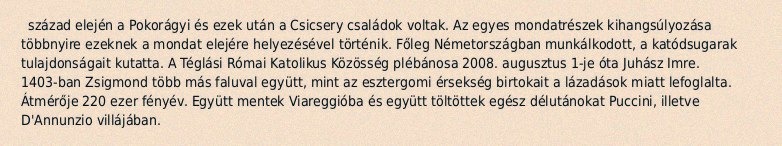
század elején a Pokorágyi és ezek után a Csicsery családok voltak. Az egyes mondatrészek kihangsúlyozása többnyire ezeknek a mondat elejére helyezésével történik. Főleg Németországban munkálkodott, a katódsugarak tulajdonságait kutatta. A Téglási Római Katolikus Közösség plébánosa 2008. augusztus 1-je óta Juhász Imre. 1403-ban Zsigmond több más faluval együtt, mint az esztergomi érsekség birtokait a lázadások miatt lefoglalta. Átmérője 220 ezer fényév. Együtt mentek Viareggióba és együtt töltöttek egész délutánokat Puccini, illetve D'Annunzio villájában.